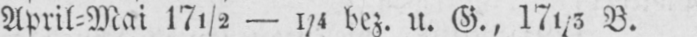
April⸗Mai 17½-1/4 bez. u. G., 171/5 B.